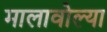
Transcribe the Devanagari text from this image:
मालावोल्या